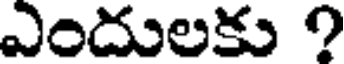
ఎందులకు ?